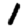
Digit: 1